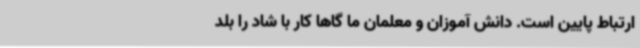
ارتباط پایین است. دانش آموزان و معلمان ما گاها کار با شاد را بلد